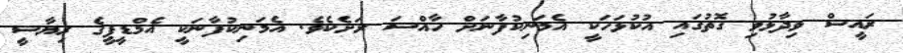
ރައީސް ވިދާޅުވި ގޮތުގައި އުކުޅަހަކީ އެމަނިކުފާނަށް ހާއްސަ ރަށެކެވެ. އެމަނިކުފާނަކީ އެމްޑީޕީގެ ރިޔާސީ